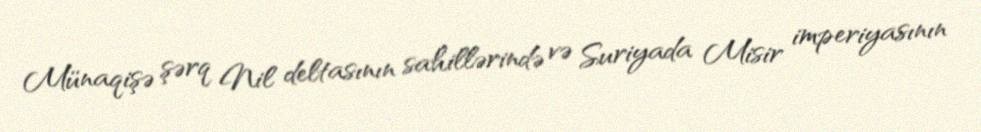
Münaqişə şərq Nil deltasının sahillərində və Suriyada Misir imperiyasının